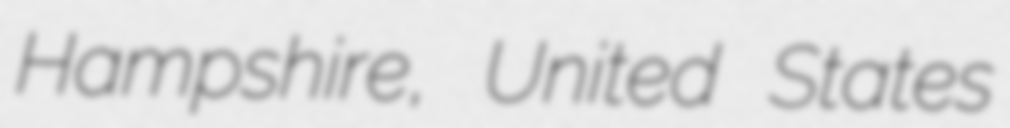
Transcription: Hampshire, United States